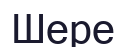
Шере